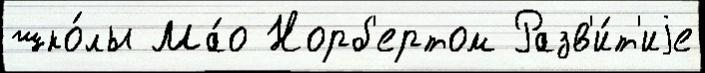
шко́лы Ма́о Норб'ертом Разв'и́т'иjе